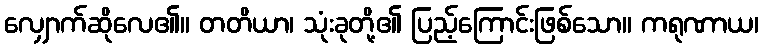
လျှောက်ဆိုလေ၏။ တတိယာ၊ သုံးခုတို့၏ ပြည့်ကြောင်းဖြစ်သော။ ကရုဏာယ၊